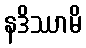
နဒိဿာမိ